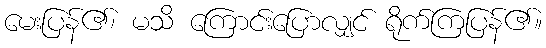
မေးပြန်၏၊ မသိ ကြောင်းပြောလျှင် ရိုက်ကြပြန်၏။